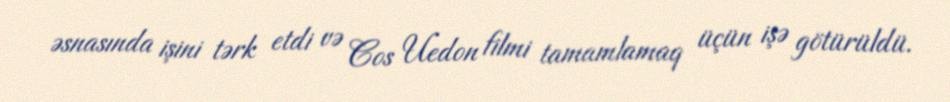
əsnasında işini tərk etdi və Cos Uedon filmi tamamlamaq üçün işə götürüldü.